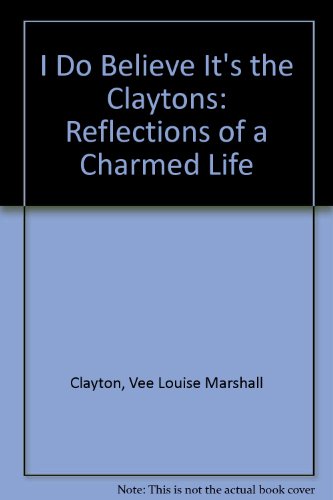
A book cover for I do believe it's the Claytons: Reflections of a charmed life; Vee Louise Marshall Clayton; Travel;